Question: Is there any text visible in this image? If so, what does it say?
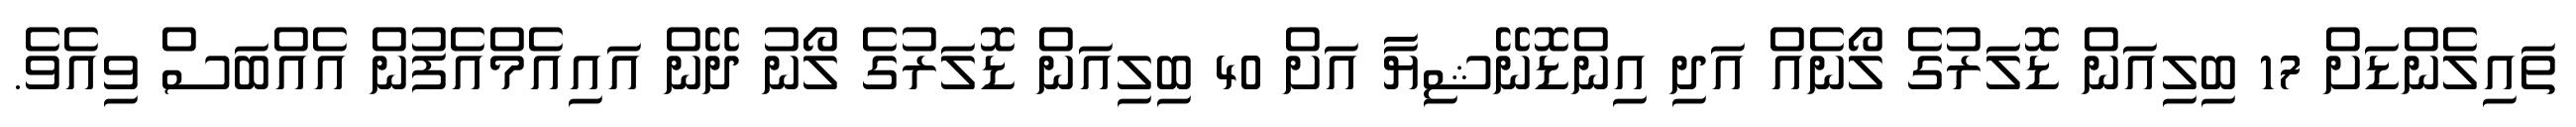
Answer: ތައިލެންޑަށް 17 ބިލިއަން ޑޮލަރުގެ ލޯނެއް އަދި އިންޑޮނޭޝިޔާ އަށް 40 ބިލިއަން ޑޮލަރުގެ ލޯނު ދޭން އައިއެމްއެފުން އެއްބަސް ވިއެވެ.